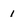
Character: 1